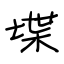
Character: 堞